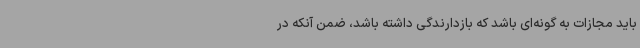
باید مجازات به گونه‌ای باشد که بازدارندگی داشته باشد، ضمن آنکه در